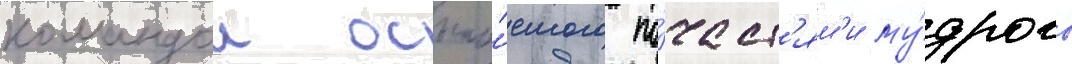
командои осыпа́емого по́чест'ям'и му́дрого